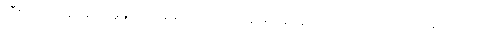
အီးမေးလ်ဝန်ဆောင်မှုများ၊ အခမဲ့ဝက်ဘ်လုပ်ငန်းများနှင့်နိုင်ငံရေးအရ အတိုက်အခံ ဘက်မှ